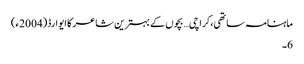
ماہنامہ ساتھی،کراچی… بچوں کے بہترین شاعر کا ایوارڈ(2004ء)
6۔